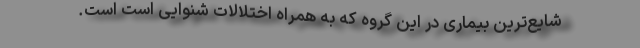
شایع‌ترین بیماری در این گروه که به همراه اختلالات شنوایی است است.